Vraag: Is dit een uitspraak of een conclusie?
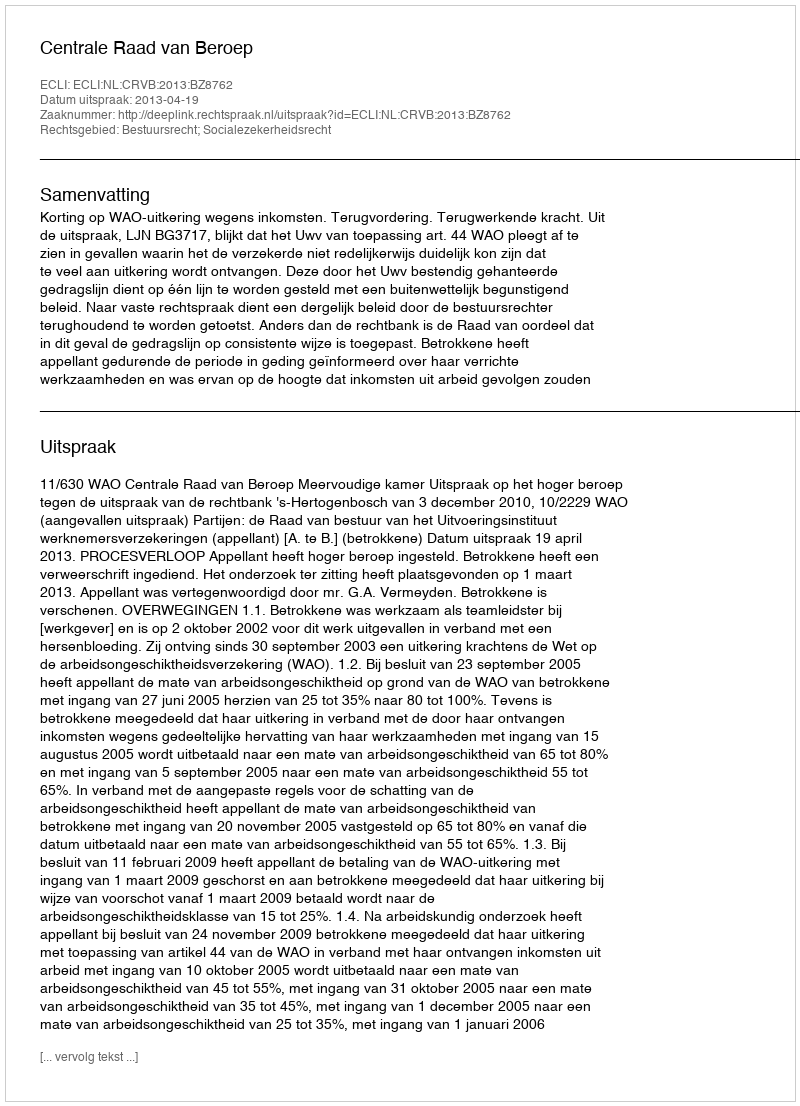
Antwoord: Uitspraak